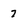
Character: 7